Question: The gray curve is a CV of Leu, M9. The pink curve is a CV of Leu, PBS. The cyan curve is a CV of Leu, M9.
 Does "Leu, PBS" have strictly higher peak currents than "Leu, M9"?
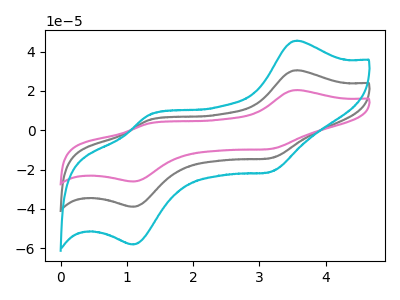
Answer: <think>The gray curve "Leu, M9" has anodic peaks at (3.55V, 30.50uA) (1.35V, 5.15uA) and cathodic peaks at (3.15V, -14.20uA) (1.10V, -38.90uA). The pink curve "Leu, PBS" has anodic peaks at (3.55V, 20.45uA) (1.35V, 3.45uA) and cathodic peaks at (3.15V, -9.50uA) (1.10V, -26.05uA). The cyan curve "Leu, M9" has anodic peaks at (3.55V, 61.00uA) (1.35V, 10.35uA) and cathodic peaks at (3.15V, -28.40uA) (1.10V, -77.80uA).</think>
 <answer>Every peak in "Leu, PBS" is lower than every peak in "Leu, M9".</answer>
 <eval>lower</eval>